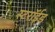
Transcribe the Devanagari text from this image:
स्टरॉईड